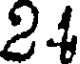
24